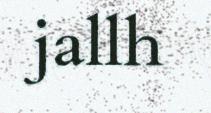
jallh